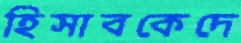
হিসাবকেদে